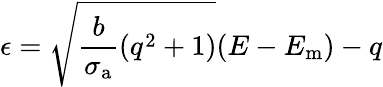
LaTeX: \epsilon=\sqrt{\frac{b}{\sigma_{\mathrm{a}}}(q^{2}+1)}(E-E_{\mathrm{m}})-q